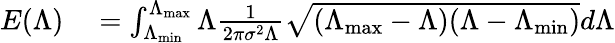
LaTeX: \begin{array}{rl}{E(\Lambda)}&{{}=\int_{\Lambda_{\operatorname*{min}}}^{\Lambda_{\operatorname*{max}}}\Lambda\frac{1}{2\pi\sigma^{2}\Lambda}\sqrt{(\Lambda_{\operatorname*{max}}-\Lambda)(\Lambda-\Lambda_{\operatorname*{min}})}d\Lambda}\end{array}